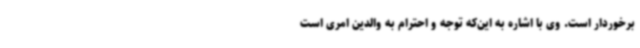
برخوردار است. وی با اشاره به این‌که توجه و احترام به والدین امری است